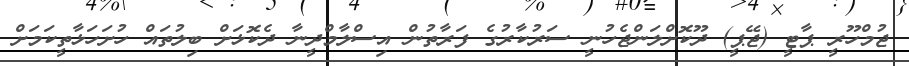
ޖުމްހޫރީ ޕާޓީ (ޖޭޕީ) ދޫކޮށްލަންޖެހުނީ ސަރުކާރުގެ ފަރާތުން އިސްލާމްދީނާ ދެކޮޅަށް ބިލުތައް ހުށަހަޅާތީކަމަށް